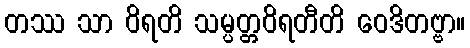
တဿ သာ ဝိရတိ သမ္ပတ္တဝိရတီတိ ဝေဒိတဗ္ဗာ။